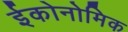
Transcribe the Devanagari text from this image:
ईकोनोमिक